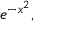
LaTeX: e ^ { - x ^ { 2 } } ,